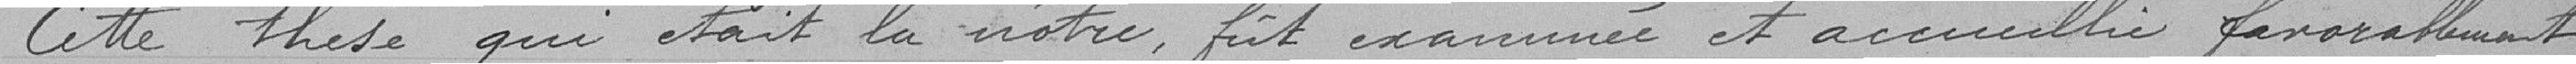
Cette thèse  qui était la nôtre, fût examinée et accueillie favorablement,